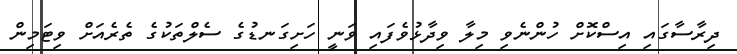
ދިރާސާގައި އިސްކޮށް ހުންނެވި މިލާ ވިދާޅުވެފައި ވަނީ ހަށިގަނޑުގެ ސެލްތަކުގެ ތެރެއަށް ވިޓަމިން